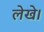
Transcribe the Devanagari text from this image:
लेखे।